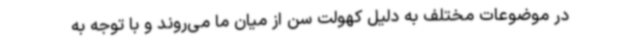
در موضوعات مختلف به دلیل کهولت سن از میان ما می‌روند و با توجه به